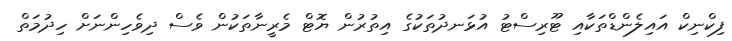
ފިކްނިކް އައިލެންޑްތަކާއި ޓޫރިސްޓު އުޅަނދުތަކުގެ އިތުރުން ޔޮޓް މެރީނާތަކުން ވެސް ދިވެހިންނަށް ހިދުމަތް